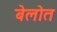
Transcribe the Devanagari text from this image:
बेलोत